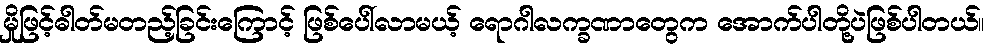
မှိုဖြင့်ဓါတ်မတည့်ခြင်းကြောင့် ဖြစ်ပေါ်လာမယ့် ရောဂါလက္ခဏာတွေက အောက်ပါတို့ပဲဖြစ်ပါတယ်။